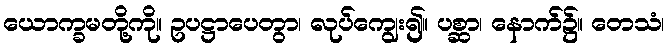
ယောက္ခမတို့ကို။ ဥပဋ္ဌာပေတွာ၊ လုပ်ကျွေး၍။ ပစ္ဆာ၊ နောက်၌။ တေသံ၊